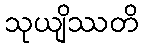
သုယျိဿတိ